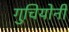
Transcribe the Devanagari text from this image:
गुचियोनी